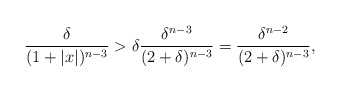
\begin{align*} \frac{\delta}{(1+|x|)^{n-3}}>\delta\frac{\delta^{n-3}}{(2+\delta)^{n-3}}=\frac{\delta^{n-2}}{(2+\delta)^{n-3}},\end{align*}